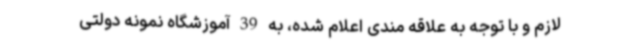
لازم و با توجه به علاقه مندی اعلام شده، به 39 آموزشگاه نمونه دولتی